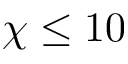
\chi \leq 1 0